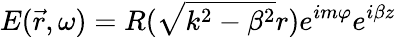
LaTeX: E(\vec{r},\omega)=R(\sqrt{k^{2}-\beta^{2}}r)e^{im\varphi}e^{i\beta z}